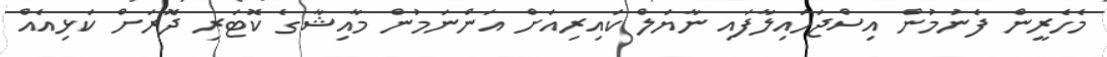
މެހެރީން ފެނުމުން އިސްޖަހައިލާފައި ނާޔަލް ކައިރިއަށް އަންނަމުން މާއިޝާގެ ކޮޓަރި ދޮރަށް ކަޅިއެއް